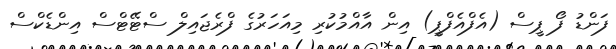
ފަންޑު ފޯ ޕީސް (އެފްއެފްޕީ) އިން އާއްމުކުރި މިއަހަރުގެ ފްރެޖައިލް ސްޓޭޓްސް އިންޑެކްސް